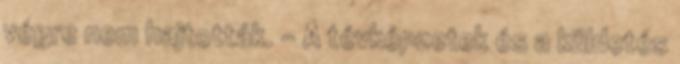
végre nem hajtották. - A tévképzetek és a küldetés